Investigations into the jail dietaries of the United Provinces with some observations on the influence of dietary on the physical development and well-being of the people of the United Provinces - Number 48
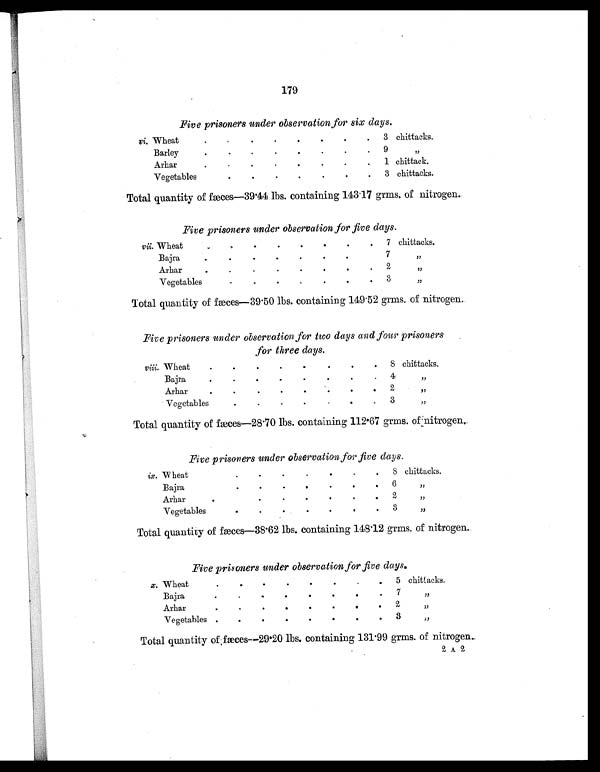
179
Five prisoners under observation for six days.
vi. Wheat
.
.
.
.
.
.
.
.
.
3 chittacks.
Barley
.
.
.
.
.
.
.
.
.
9 ,,
Arhar
.
. .
.
. . .
.
.
1 chittack.
Vegetables
.
.
.
.
.
.
.
3 chittacks.
Total quantity of fæces—39.44 lbs. containing 14
3.17 grms. of nitrogen.
Five prisoners under observation for five days.
vii. Wheat
.
. .
. . . .
.
.
7 chittacks.
Bajra
.
.
.
.
.
.
.
.
.
7 , ,
Arha
.
.
.
.
.
.
.
.
.
2 , ,
Vegetables
.
.
.
.
.
.
.
.
3 , ,
Total quantity of fæces—39.50 lbs. containing 14
9.52 grms. of nitrogen.
Five prisoners under observation for two days and four prisoners
for three days.
viii. Wheat
.
.
.
.
.
.
.
8 chittacks.
Bajra
.
.
.
.
.
.
. .
4 ,,
Arhar
.
.
.
.
.
.
.
.
2 ,,
Vegetables
.
.
.
.
.
.
.
3 ,,
Total quantity of fæces—28.70 lbs. containing 112.67 grins. of nitrogen.
Five prisoners under observation for five days.
ix. Wheat
.
. . . .
.
.
.
8 chittacks.
Bajra
.
.
.
.
.
.
.
.
6 ,,
Arhar
.
.
.
.
.
.
. .
2 ,,
Vegetables
.
.
.
.
.
.
.
3 ,,
Total quantity of fæces—38.62 lbs. containing 148.12 grms. of nitrogen.
Five prisoners under observation for five days.
x. Wheat
. .
.
. . . .
5 chittacks.
Bajra
.
.
.
.
.
.
.
7 ,,
Arhar
. . . . . .
.
2 ,,
Vegetables
.
.
.
.
.
.
.
3 ,,
Total quantity of fæces—29.20 lbs. containing 131.99 grms. of nitrogen.
2 A 2